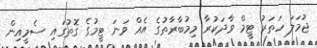
ޖުމަލަ ހަތަރު ޓީމް ވާދަކުރާ މިމުބާރާތުގެ އެއް ވަނަ ޓީމުގެ ގޮތުގައި ސެމީއިން